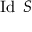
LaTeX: \operatorname { I d } \ S